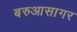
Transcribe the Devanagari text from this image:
बरुआसागर